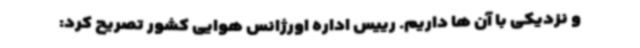
و نزدیکی با آن ها داریم. رییس اداره اورژانس هوایی کشور تصریح کرد: